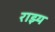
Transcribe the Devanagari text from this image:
राझ्य